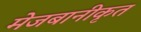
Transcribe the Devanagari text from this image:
मेजबानीकृत